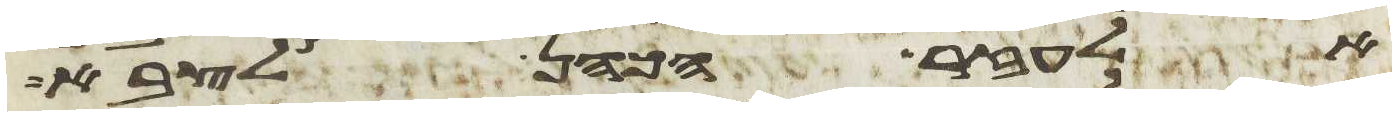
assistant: אלעזר הכהן לצבא